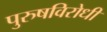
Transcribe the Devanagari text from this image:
पुरुषविरोधी